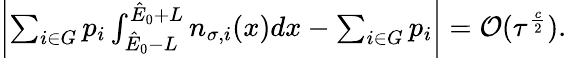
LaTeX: \begin{array}{r}{\left|\sum_{i\in G}p_{i}\int_{\hat{E}_{0}-L}^{\hat{E}_{0}+L}n_{\sigma,i}(x)dx-\sum_{i\in G}p_{i}\right|=\mathcal{O}(\tau^{\frac{c}{2}}).}\end{array}